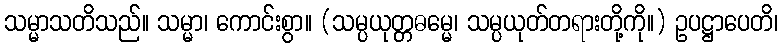
သမ္မာသတိသည်။ သမ္မာ၊ ကောင်းစွာ။ (သမ္ပယုတ္တဓမ္မေ၊ သမ္ပယုတ်တရားတို့ကို။) ဥပဋ္ဌာပေတိ၊